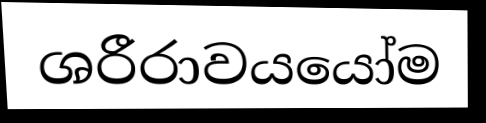
ශරීරාවයයෝම